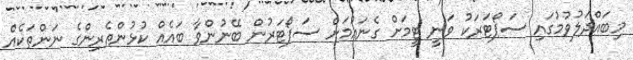
މިބައްދަލުވުމުގައި ސަޕޯޓަރަކު ވަނީ ޓީމަށް ގެނައުމަށް ސަޕޯޓަރުން ބޭނުންވާ ބައެއް ކުޅުންތެރިންގެ ނަންތަކެއް